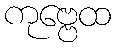
ကုဗ္ဗေထ